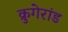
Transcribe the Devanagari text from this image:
क्रुगेरांड